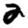
Digit: 2